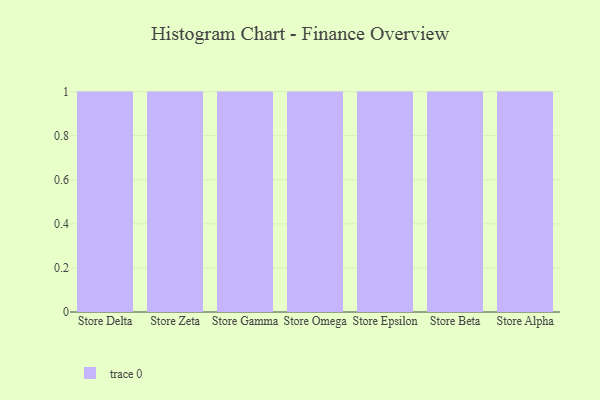
{"axis": {"x": "Store", "y": "Net Income (USD K)"}, "legend": [""], "data": [{"x": "Store Delta", "y": 17, "type": ""}, {"x": "Store Zeta", "y": 23, "type": ""}, {"x": "Store Gamma", "y": 64, "type": ""}, {"x": "Store Omega", "y": 56, "type": ""}, {"x": "Store Epsilon", "y": 86, "type": ""}, {"x": "Store Beta", "y": 87, "type": ""}, {"x": "Store Alpha", "y": 16, "type": ""}]}